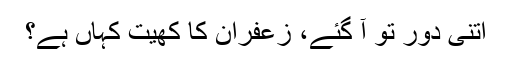
اتنی دور تو آ گئے، زعفران کا کھیت کہاں ہے؟